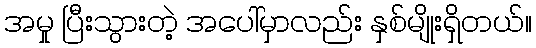
အမှု ပြီးသွားတဲ့ အပေါ်မှာလည်း နှစ်မျိုးရှိတယ်။